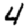
Digit: 4